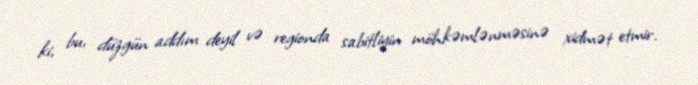
ki, bu, düzgün addım deyil və regionda sabitliyin möhkəmlənməsinə xidmət etmir.